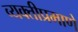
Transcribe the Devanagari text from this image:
व्यक्तीप्रमाणे